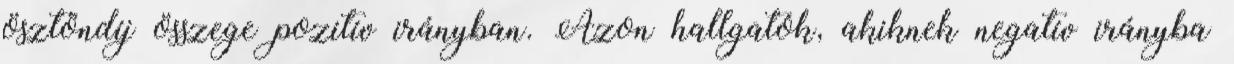
ösztöndíj összege pozitív irányban. Azon hallgatók, akiknek negatív irányba